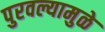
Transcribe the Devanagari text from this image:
पुरवल्यामुळे